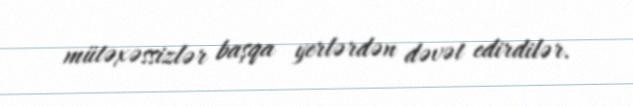
mütəxəssizlər başqa yerlərdən dəvət edirdilər.